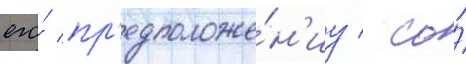
его́ пр'едположе́н'иу / со́